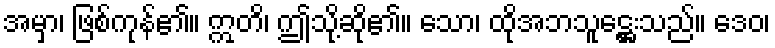
အမှာ၊ ဖြစ်ကုန်၏။ ဣတိ၊ ဤသို့ဆို၏။ သော၊ ထိုအဘသူဋ္ဌေးသည်။ ဒေဝ၊